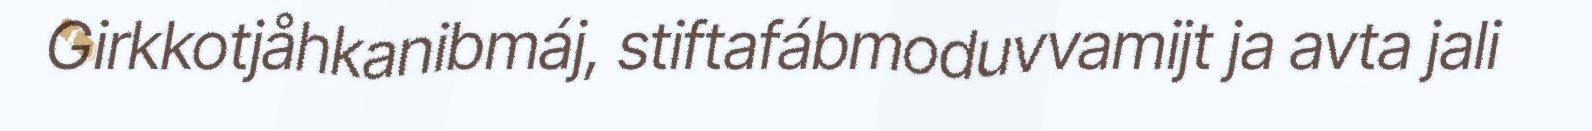
Girkkotjåhkanibmáj, stiftafábmoduvvamijt ja avta jali